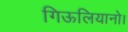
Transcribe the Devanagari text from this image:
गिऊलियानो।